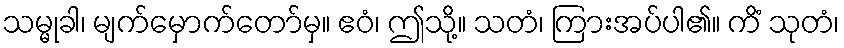
သမ္မုခါ၊ မျက်မှောက်တော်မှ။ ဧဝံ၊ ဤသို့။ သတံ၊ ကြားအပ်ပါ၏။ ကိံ သုတံ၊